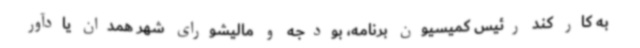
به کار کند رئیس کمیسیون برنامه، بودجه و ‌مالیشورای شهر همدان یادآور